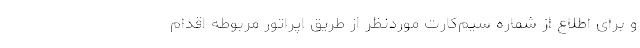
و برای اطلاع از شماره سیم‌کارت موردنظر از طریق اپراتور مربوطه اقدام